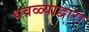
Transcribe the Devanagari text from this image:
धवळ्याद्वारा